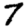
Digit: 7